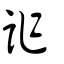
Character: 詐